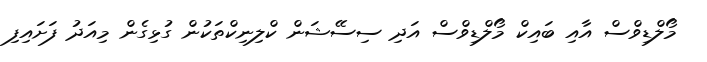
މޯލްޑިވްސް އާއި ބައިކް މޯލްޑިވްސް އަދި ސިސޭޝަން ކްލިނިކްތަކުން ގުޅިގެން މިއަދު ފަށައިފި